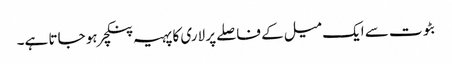
بٹوت سے ایک میل کے فاصلے پر لاری کا پہیہ پنکچر ہو جاتا ہے۔